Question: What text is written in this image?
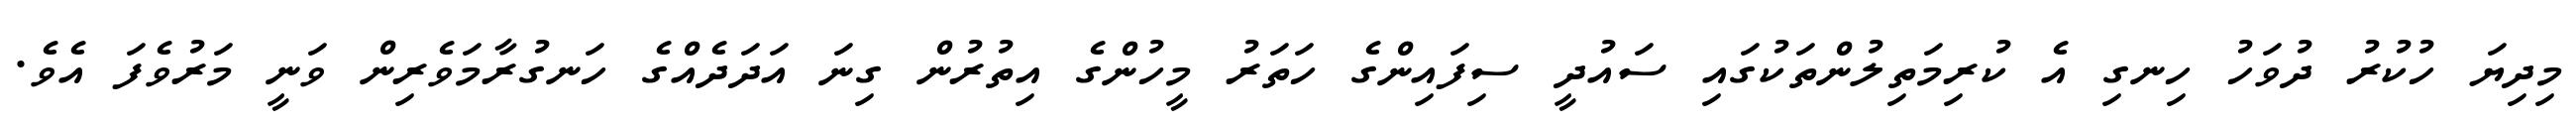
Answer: މިދިޔަ ހުކުރު ދުވަހު ހިނގި އެ ކުރިމަތިލުންތަކުގައި ސައުދީ ސިފައިންގެ ހަތަރު މީހުންގެ އިތުރުން ގިނަ އަދަދެއްގެ ހަނގުރާމަވެރިން ވަނީ މަރުވެފަ އެވެ.